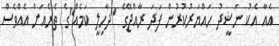
އެއާ އެކު ނަޝީދު ހައްޔަރުކުރުން ފަދަ ރާއްޖޭގެ "ދާހިލީ ކަމެއް"ގެ ތެރެއަށް އެއްވެސް